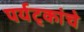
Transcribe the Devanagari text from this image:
पर्यट्कांचे